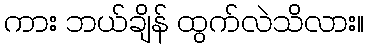
ကား ဘယ်ချိန် ထွက်လဲသိလား။